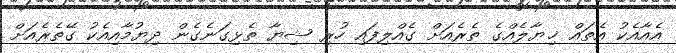
އެއާއެކު އެތައް ޚިޔާލެއްގެ ތެރެއަށް ގެއްލިފައި ހުރި ޝިޔާ ތެޅިގަނެގެން ދިޔުމާއިއެކު ގޭތެރެއަށް